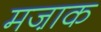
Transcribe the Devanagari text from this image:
मजा़क